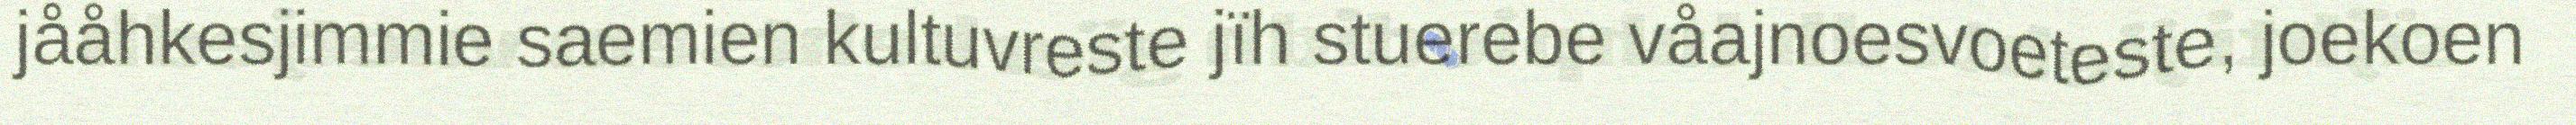
jååhkesjimmie saemien kultuvreste jïh stuerebe våajnoesvoeteste, joekoen